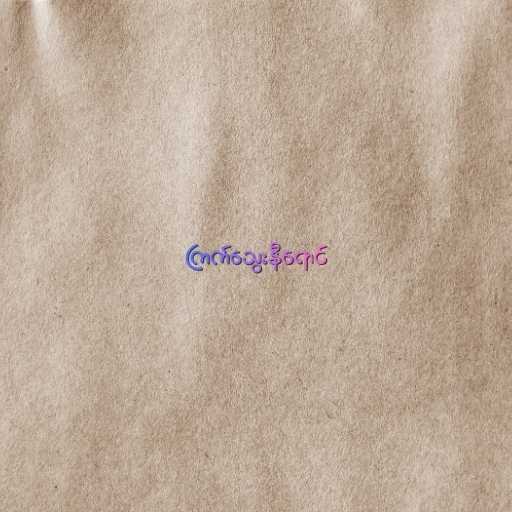
ကြက်သွေးနီရောင်